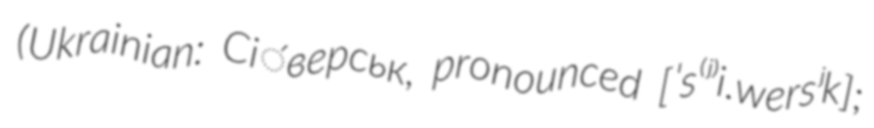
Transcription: (Ukrainian: Сі́верськ, pronounced [ˈs⁽ʲ⁾i.wersʲk];